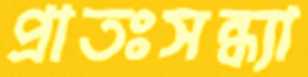
প্রাতঃসন্ধ্যা